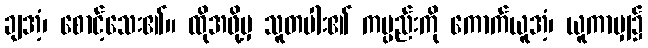
ချအံ့၊ စောင့်သေး၏။ ထိုအဖို့မှ သူတပါး၏ ကမ္ပည်းကို ကောက်ယူအံ့၊ ယူကာမျှ၌